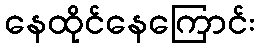
နေထိုင်နေကြောင်း